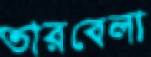
তারবেলা